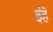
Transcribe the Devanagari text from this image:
इंहें